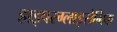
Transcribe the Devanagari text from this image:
हाइपरग्लाइसेमिक